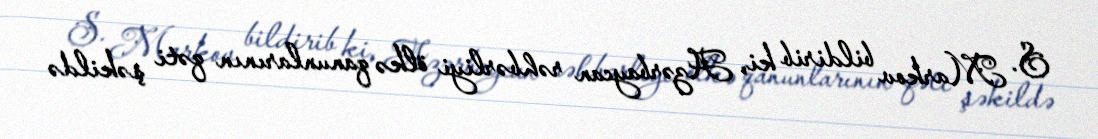
S. Markov bildirib ki, Azərbaycan rəhbərliyi ölkə qanunlarının qəti şəkildə